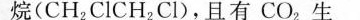
烷(CH_{2}ClCH_{2}Cl)，且有CO_{2}生